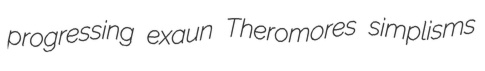
progressing exaun Theromores simplisms